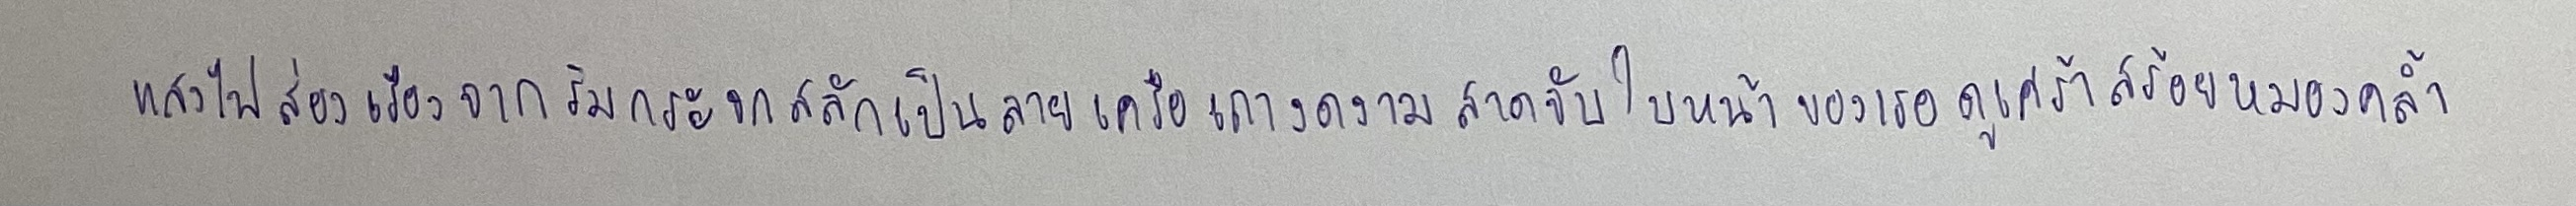
แสงไฟส่องเรืองจากริมกระจกสลักเป็นลายเครือเถางดงามสาดจับใบหน้าของเธอดูเศร้าสร้อยหมองคล้ำ